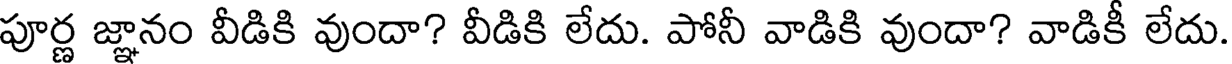
పూర్ణ జ్ఞానం వీడికి వుందా? వీడికి లేదు. పోనీ వాడికి వుందా? వాడికీ లేదు.